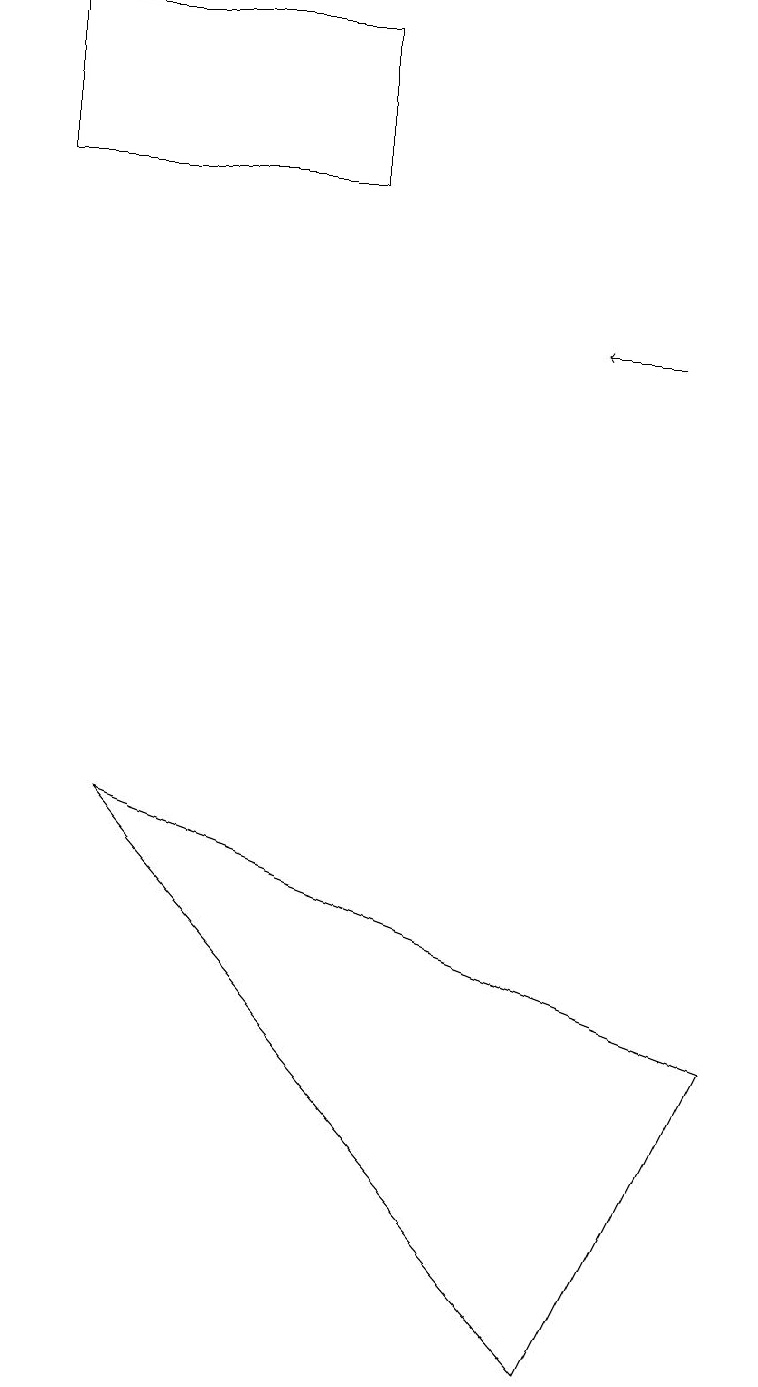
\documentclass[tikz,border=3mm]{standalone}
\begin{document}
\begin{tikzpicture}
\draw (1,8) -- (9,5) -- (7,1) -- cycle;
\draw (0,18) rectangle (4,16);
\draw[->] (8,14) -- (7,14);
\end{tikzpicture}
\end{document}